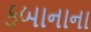
કબાનાના